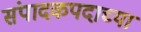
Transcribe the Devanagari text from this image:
संपादकपदाच्या